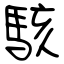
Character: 駭